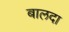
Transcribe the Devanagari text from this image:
बालदा